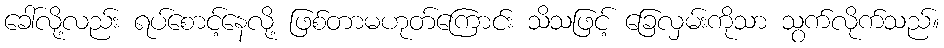
ခေါ်လို့လည်း ရပ်စောင့်နေလို့ ဖြစ်တာမဟုတ်ကြောင်း သိသဖြင့် ခြေလှမ်းကိုသာ သွက်လိုက်သည်။